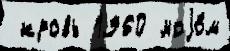
 кровь 1960 моjо́м